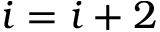
i = i + 2